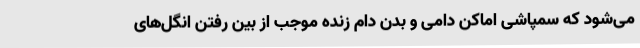
می‌شود که سمپاشی اماکن دامی و بدن دام زنده موجب از بین رفتن انگل‌های